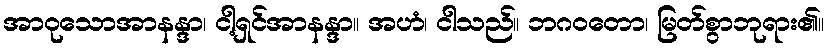
အာဝုသောအာနန္ဒာ၊ ငါ့ရှင်အာနန္ဒာ။ အဟံ၊ ငါသည်။ ဘဂဝတော၊ မြတ်စွာဘုရား၏။